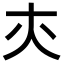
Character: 𡗕